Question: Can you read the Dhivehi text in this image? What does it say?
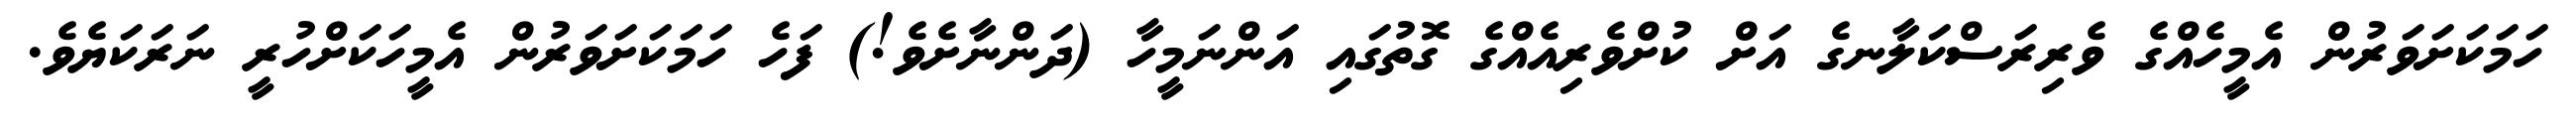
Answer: ހަމަކަށަވަރުން އެމީހެއްގެ ވެރިރަސްކަލާނގެ އަށް ކުށްވެރިއެއްގެ ގޮތުގައި އަންނަމީހާ (ދަންނާށެވެ!) ފަހެ ހަމަކަށަވަރުން އެމީހަކަށްހުރީ ނަރަކަޔެވެ.